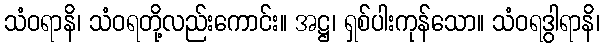
သံဝရာနိ၊ သံဝရတို့လည်းကောင်း။ အဋ္ဌ၊ ရှစ်ပါးကုန်သော။ သံဝရဒွါရာနိ၊